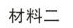
材料二